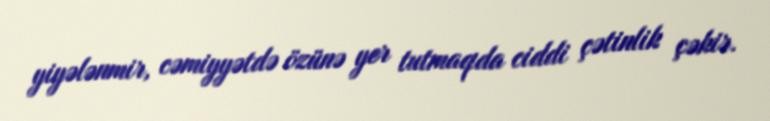
yiyələnmir, cəmiyyətdə özünə yer tutmaqda ciddi çətinlik çəkir.